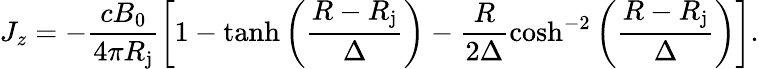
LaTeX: J_{z}=-\frac{cB_{0}}{4\pi R_{\mathrm{j}}}\left[1-\operatorname{tanh}\left(\frac{R-R_{\mathrm{j}}}{\Delta}\right)-\frac{R}{2\Delta}\cosh^{-2}\left(\frac{R-R_{\mathrm{j}}}{\Delta}\right)\right].